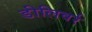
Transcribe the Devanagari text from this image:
डीलिवर्र